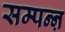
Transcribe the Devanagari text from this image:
सम्पन्ऩ